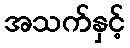
အသက်နှင့်